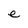
Character: e